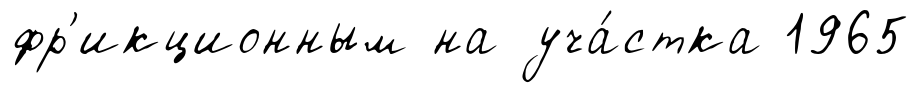
фр'икционным на уча́стка 1965